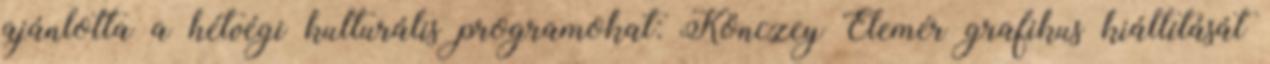
ajánlotta a hétvégi kulturális programokat: Könczey Elemér grafikus kiállítását